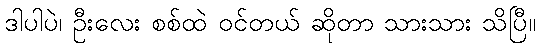
ဒါပါပဲ၊ ဦးလေး စစ်ထဲ ဝင်တယ် ဆိုတာ သားသား သိပြီ။